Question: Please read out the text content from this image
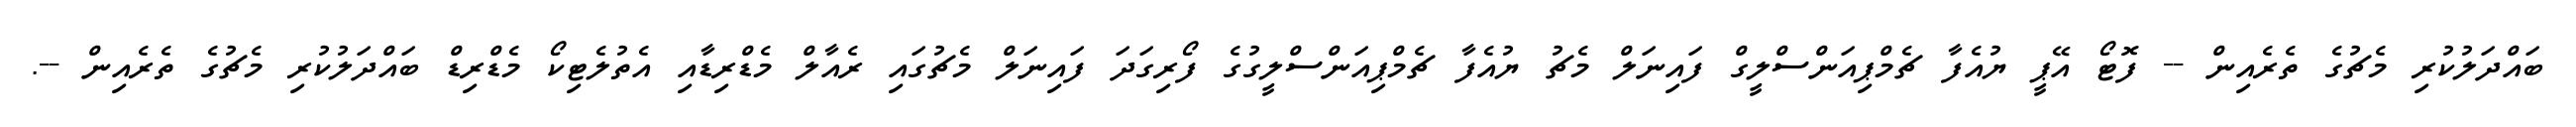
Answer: ބައްދަލުކުރި މެޗުގެ ތެރެއިން -- ފޮޓޯ އޭޕީ ޔުއެފާ ޗެމްޕިއަންސްލީގް ފައިނަލް މެޗު ޔުއެފާ ޗެމްޕިއަންސްލީގުގެ ފޯރިގަދަ ފައިނަލް މެޗުގައި ރެއާލް މެޑްރިޑާއި އެތުލެޓިކޯ މެޑްރިޑް ބައްދަލުކުރި މެޗުގެ ތެރެއިން --.